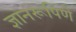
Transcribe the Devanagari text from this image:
ज्ञानरूपिणे